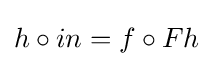
h\circ in=f\circ Fh